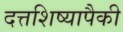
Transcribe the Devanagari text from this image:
दत्तशिष्यापैकी